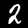
Digit: 2